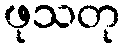
ဖုသတု